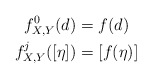
\begin{align*}f_{X,Y}^0(d) &= f(d) && \\f_{X,Y}^j([\eta]) &= [f(\eta)] &&\end{align*}